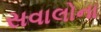
સવાલોના